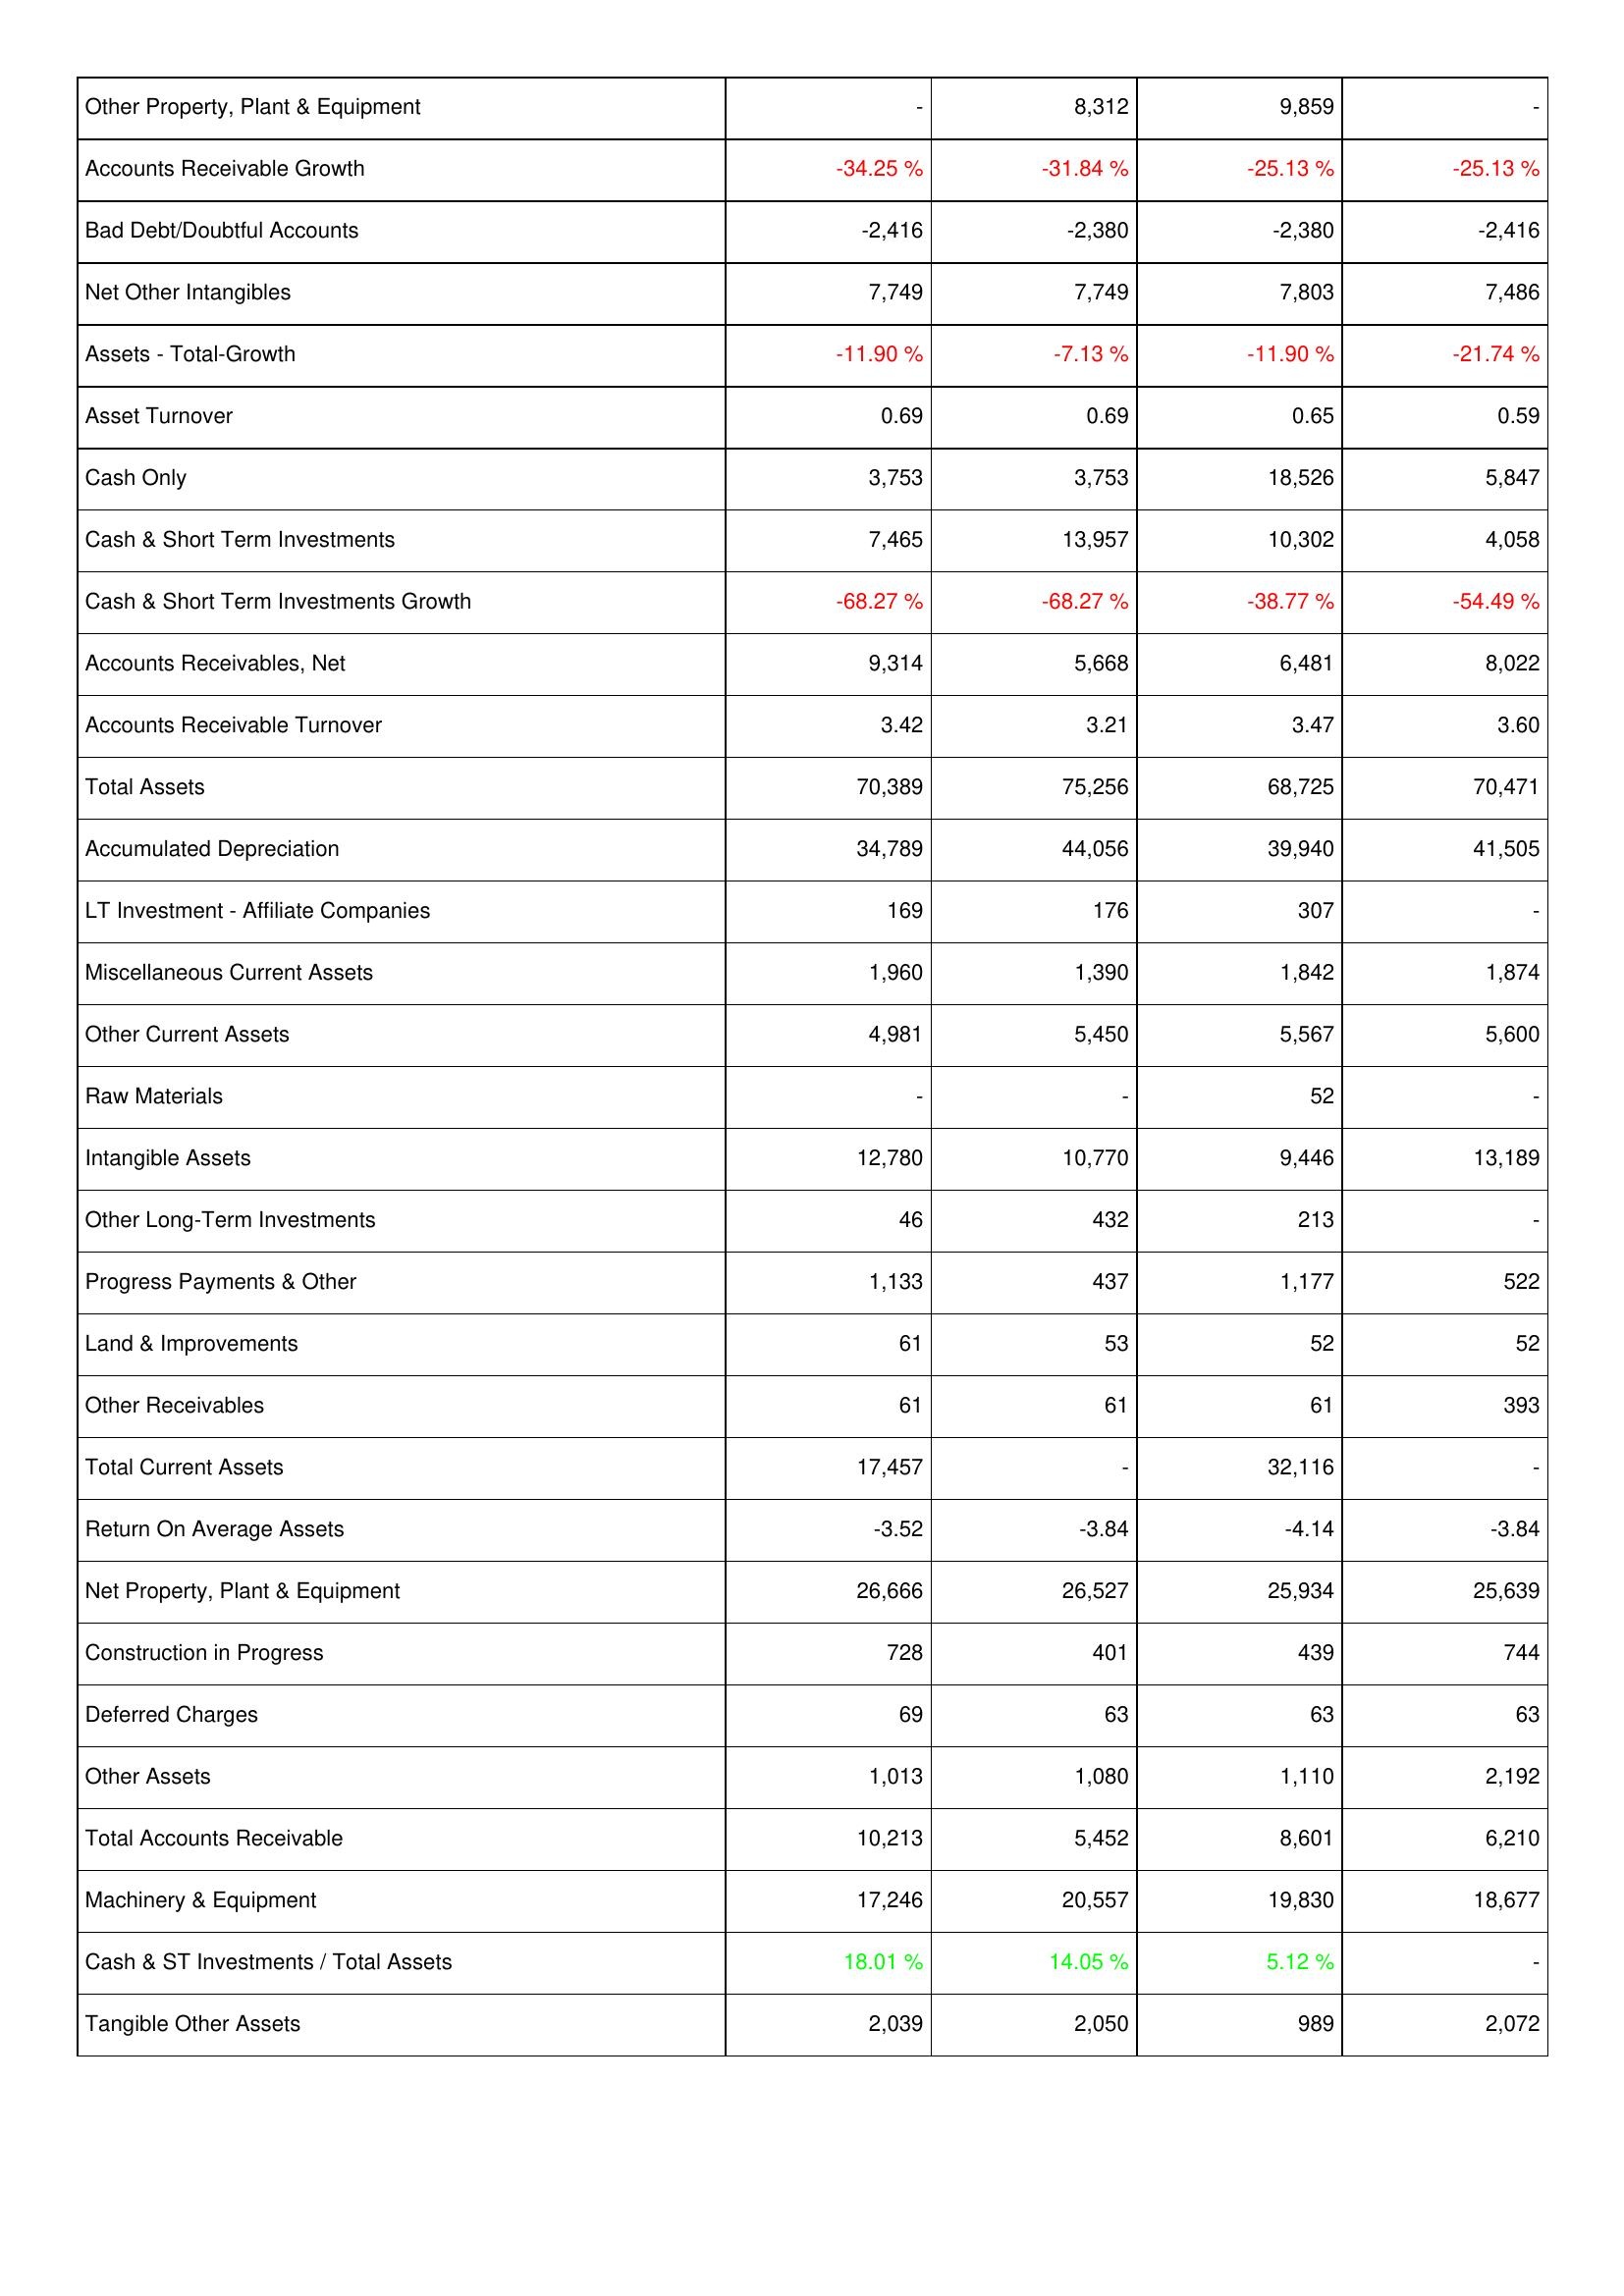
2023: Assets: Other Property, Plant & Equipment: -
Accounts Receivable Growth: -34.25 %
Bad Debt/Doubtful Accounts: -2,416
Net Other Intangibles: 7,749
Assets - Total-Growth: -11.90 %
Asset Turnover: 0.69
Cash Only: 3,753
Cash & Short Term Investments: 7,465
Cash & Short Term Investments Growth: -68.27 %
Accounts Receivables, Net: 9,314
Accounts Receivable Turnover: 3.42
Total Assets: 70,389
Accumulated Depreciation: 34,789
LT Investment - Affiliate Companies: 169
Miscellaneous Current Assets: 1,960
Other Current Assets: 4,981
Raw Materials: -
Intangible Assets: 12,780
Other Long-Term Investments: 46
Progress Payments & Other: 1,133
Land & Improvements: 61
Other Receivables: 61
Total Current Assets: 17,457
Return On Average Assets: -3.52
Net Property, Plant & Equipment: 26,666
Construction in Progress: 728
Deferred Charges: 69
Other Assets: 1,013
Total Accounts Receivable: 10,213
Machinery & Equipment: 17,246
Cash & ST Investments / Total Assets: 18.01 %
Tangible Other Assets: 2,039
2022: Assets: Other Property, Plant & Equipment: 8,312
Accounts Receivable Growth: -31.84 %
Bad Debt/Doubtful Accounts: -2,380
Net Other Intangibles: 7,749
Assets - Total-Growth: -7.13 %
Asset Turnover: 0.69
Cash Only: 3,753
Cash & Short Term Investments: 13,957
Cash & Short Term Investments Growth: -68.27 %
Accounts Receivables, Net: 5,668
Accounts Receivable Turnover: 3.21
Total Assets: 75,256
Accumulated Depreciation: 44,056
LT Investment - Affiliate Companies: 176
Miscellaneous Current Assets: 1,390
Other Current Assets: 5,450
Raw Materials: -
Intangible Assets: 10,770
Other Long-Term Investments: 432
Progress Payments & Other: 437
Land & Improvements: 53
Other Receivables: 61
Total Current Assets: -
Return On Average Assets: -3.84
Net Property, Plant & Equipment: 26,527
Construction in Progress: 401
Deferred Charges: 63
Other Assets: 1,080
Total Accounts Receivable: 5,452
Machinery & Equipment: 20,557
Cash & ST Investments / Total Assets: 14.05 %
Tangible Other Assets: 2,050
2021: Assets: Other Property, Plant & Equipment: 9,859
Accounts Receivable Growth: -25.13 %
Bad Debt/Doubtful Accounts: -2,380
Net Other Intangibles: 7,803
Assets - Total-Growth: -11.90 %
Asset Turnover: 0.65
Cash Only: 18,526
Cash & Short Term Investments: 10,302
Cash & Short Term Investments Growth: -38.77 %
Accounts Receivables, Net: 6,481
Accounts Receivable Turnover: 3.47
Total Assets: 68,725
Accumulated Depreciation: 39,940
LT Investment - Affiliate Companies: 307
Miscellaneous Current Assets: 1,842
Other Current Assets: 5,567
Raw Materials: 52
Intangible Assets: 9,446
Other Long-Term Investments: 213
Progress Payments & Other: 1,177
Land & Improvements: 52
Other Receivables: 61
Total Current Assets: 32,116
Return On Average Assets: -4.14
Net Property, Plant & Equipment: 25,934
Construction in Progress: 439
Deferred Charges: 63
Other Assets: 1,110
Total Accounts Receivable: 8,601
Machinery & Equipment: 19,830
Cash & ST Investments / Total Assets: 5.12 %
Tangible Other Assets: 989
2020: Assets: Other Property, Plant & Equipment: -
Accounts Receivable Growth: -25.13 %
Bad Debt/Doubtful Accounts: -2,416
Net Other Intangibles: 7,486
Assets - Total-Growth: -21.74 %
Asset Turnover: 0.59
Cash Only: 5,847
Cash & Short Term Investments: 4,058
Cash & Short Term Investments Growth: -54.49 %
Accounts Receivables, Net: 8,022
Accounts Receivable Turnover: 3.60
Total Assets: 70,471
Accumulated Depreciation: 41,505
LT Investment - Affiliate Companies: -
Miscellaneous Current Assets: 1,874
Other Current Assets: 5,600
Raw Materials: -
Intangible Assets: 13,189
Other Long-Term Investments: -
Progress Payments & Other: 522
Land & Improvements: 52
Other Receivables: 393
Total Current Assets: -
Return On Average Assets: -3.84
Net Property, Plant & Equipment: 25,639
Construction in Progress: 744
Deferred Charges: 63
Other Assets: 2,192
Total Accounts Receivable: 6,210
Machinery & Equipment: 18,677
Cash & ST Investments / Total Assets: -
Tangible Other Assets: 2,072